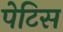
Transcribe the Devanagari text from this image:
पेटिस